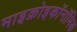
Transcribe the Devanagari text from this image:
माइक्रोइकॉनॉमिक